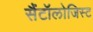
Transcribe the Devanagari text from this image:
सैंटॉलोजिस्ट